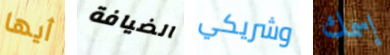
أيها الضيافة وشريكي إسمك